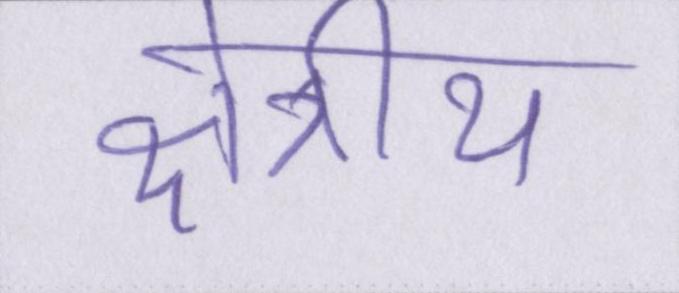
क्षेत्रीय